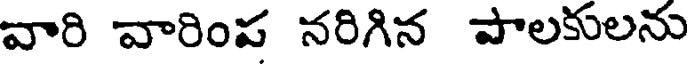
వారి వారింప నరిగిన పాలకులను